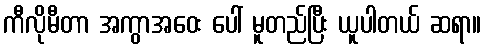
ကီလိုမီတာ အကွာအဝေး ပေါ် မူတည်ပြီး ယူပါတယ် ဆရာ။